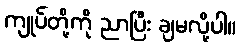
ကျုပ်တို့ကို ညာပြီး ချမလို့ပါ။